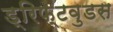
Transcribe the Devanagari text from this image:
ड्रिफ्टवुडस